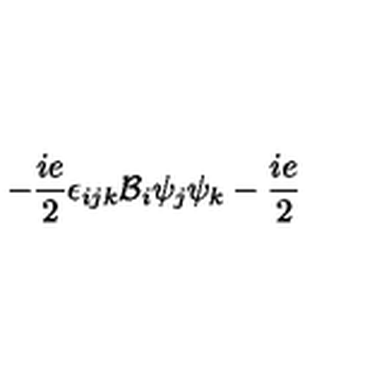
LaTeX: - \frac { i e } { 2 } \epsilon _ { i j k } { \cal { B } } _ { i } \psi _ { j } \psi _ { k } - \frac { i e } { 2 }